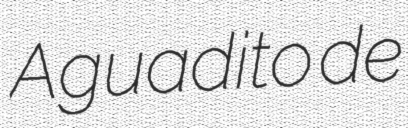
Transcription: Aguadito de